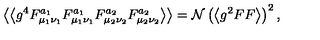
\left\langle \left\langle g ^ { 4 } F _ { \mu _ { 1 } \nu _ { 1 } } ^ { a _ { 1 } } F _ { \mu _ { 1 } \nu _ { 1 } } ^ { a _ { 1 } } F _ { \mu _ { 2 } \nu _ { 2 } } ^ { a _ { 2 } } F _ { \mu _ { 2 } \nu _ { 2 } } ^ { a _ { 2 } } \right\rangle \right\rangle = \mathcal { N } \left( \left\langle g ^ { 2 } F F \right\rangle \right) ^ { 2 } ,